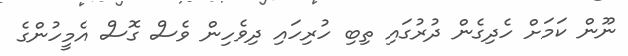
ނޫން ކަމަށް ހެދިގެން ދުރުގައި ތިބި ހުރިހައި ދިވެހިން ވެސް ގޮސް އެމީހުންގެ